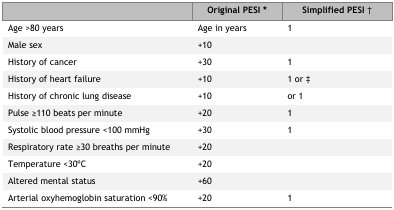
|  | Original PESI* | Simplified PESI† |
 | --- | --- | --- |
 | Age >80 years | Age in years | 1 |
 | Male sex | +10 |  |
 | History of cancer | +30 | 1 |
 | History of heart failure | +10 | 1 or ‡ |
 | History of chronic lung disease | +10 | or 1 |
 | Pulse ≥110 beats per minute | +20 | 1 |
 | Systolic blood pressure <100 mmHg | +30 | 1 |
 | Respiratory rate ≥30 breaths per minute | +20 |  |
 | Temperature <30oC | +20 |  |
 | Altered mental status | +60 |  |
 | Arterial oxyhemoglobin saturation <90% | +20 | 1 |